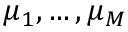
\ensuremath { \boldsymbol Ḋ \mu Ḍ } _ { 1 } , \dots , \ensuremath { \boldsymbol Ḋ \mu Ḍ } _ { M }